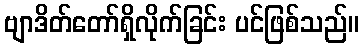
ဗျာဒိတ်တော်ရှိလိုက်ခြင်း ပင်ဖြစ်သည်။